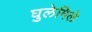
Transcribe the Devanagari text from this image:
घुलेमिले